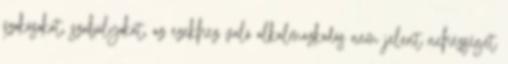
szokásokat, szabályokat, az ezekhez való alkalmazkodás nem jelent nehézséget